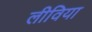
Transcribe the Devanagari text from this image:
लीविया